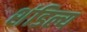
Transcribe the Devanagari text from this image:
शंडिल्य